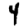
Digit: 4